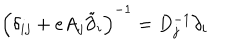
\left( \delta _ { i j } + e A _ { j } \tilde { \partial } _ { i } \right) ^ { - 1 } = D _ { j } ^ { - 1 } \partial _ { i }